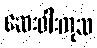
ဆေးဝါးကုသ